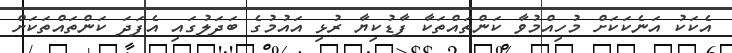
އެކަކު އަނެކަކަށް މުހިއްމުވާ ކަންތައްތަކާ ފާޑުކިޔާ ރުޅި އައުމުގެ ބަދަލުގައި އެފަދަ ކަންތައްތަކަށް